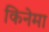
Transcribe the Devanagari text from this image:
किनेमा